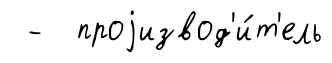
- проjизвод'и́т'ель